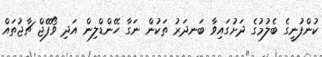
ކުންފުނީގެ ބެލުމުގެ ދަށުގައިވާ ބަނދަރު ތަކުން ނަގާ ހޭންޑްލިން އަދި ވޯފޭޖް ޗާޖުތައް